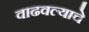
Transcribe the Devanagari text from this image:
वाढवल्याचे